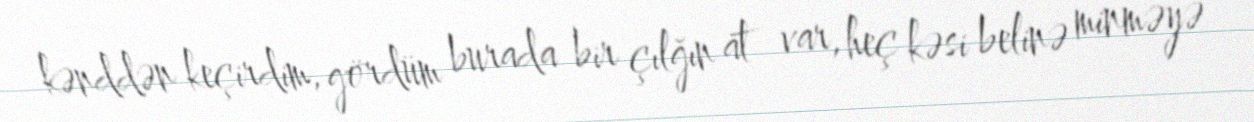
kənddən keçirdim, gördüm burada bir çılğın at var, heç kəsi belinə minməyə